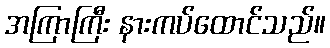
အကြာကြီး နားကပ်ထောင်သည်။